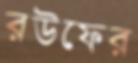
রউফের